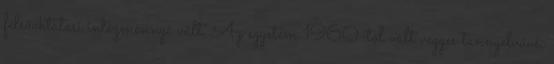
felsőoktatási intézménnyé vált. Az egyetem 1960-tól vált vegyes tannyelvűvé,